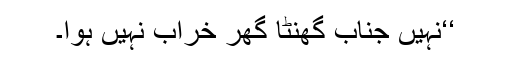
‘‘نہیں جناب گھنٹا گھر خراب نہیں ہوا۔